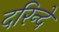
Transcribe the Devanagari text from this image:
दरिन्दे